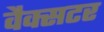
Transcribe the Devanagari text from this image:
वैक्सटर